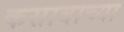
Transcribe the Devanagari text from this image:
कसाबाच्या